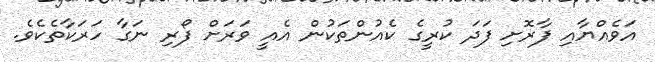
އަވެއްޔާއި ފާރޮށި ފަދަ ކުރީގެ ކެއުންތަކުން އެއީ ވަރަށް ފޯރި ނަގާ ހަރަކާތެކެވެ.